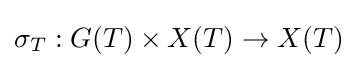
\sigma _{T}:G(T)\times X(T)\to X(T)